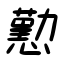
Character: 懃